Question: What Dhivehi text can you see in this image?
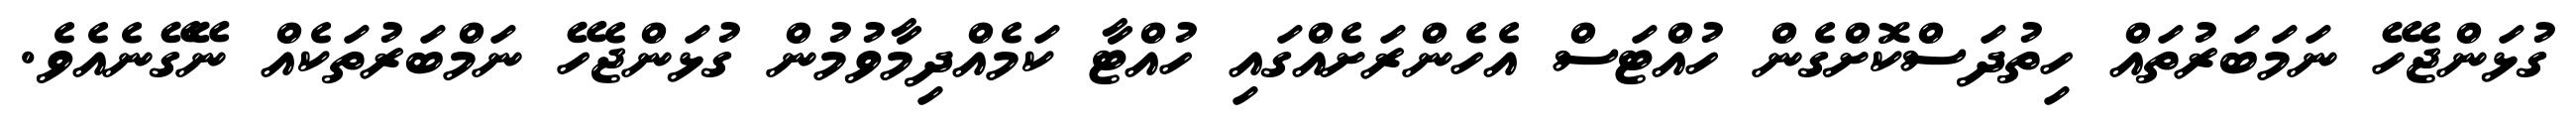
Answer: ގުޅަންޖެހޭ ނަމަބަރުތައް ހިތުދަސްކޮށްގެން ހުއްޓަސް އެހެންރަށެއްގައި ހުއްޓާ ކަމެއްދިމާވުމުން ގުޅަންޖެހޭ ނަމްބަރުތަކެއް ނޭގޭނެއެވެ.